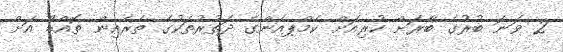
2 ވަނަ ބުރުގެ ބާރަށް ކުރިއަށް ކެމްޕއެންގެ ދަތުރުތަކުގެ ތެރެއިން ތޮއްޑޫ އަށް